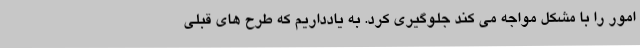
امور را با مشکل مواجه می کند جلوگیری کرد. به یادداریم که طرح های قبلی